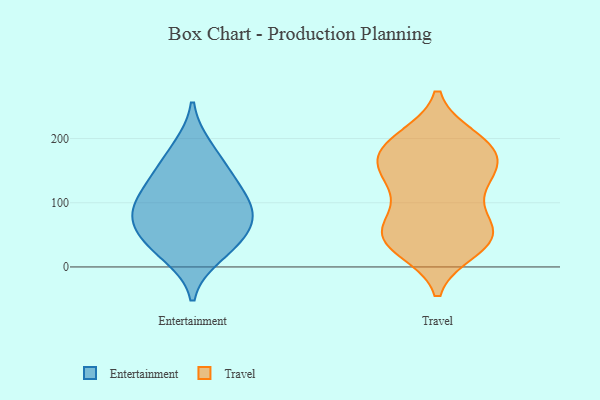
{"axis": {"x": "Budget (USD K)", "y": "Value"}, "legend": ["Entertainment", "Travel"], "data": [{"x": "", "y": 39, "type": "Entertainment"}, {"x": "", "y": 77, "type": "Entertainment"}, {"x": "", "y": 46, "type": "Entertainment"}, {"x": "", "y": 107, "type": "Entertainment"}, {"x": "", "y": 86, "type": "Entertainment"}, {"x": "", "y": 186, "type": "Entertainment"}, {"x": "", "y": 148, "type": "Entertainment"}, {"x": "", "y": 84, "type": "Entertainment"}, {"x": "", "y": 135, "type": "Entertainment"}, {"x": "", "y": 18, "type": "Entertainment"}, {"x": "", "y": 197, "type": "Travel"}, {"x": "", "y": 144, "type": "Travel"}, {"x": "", "y": 28, "type": "Travel"}, {"x": "", "y": 50, "type": "Travel"}, {"x": "", "y": 63, "type": "Travel"}, {"x": "", "y": 174, "type": "Travel"}, {"x": "", "y": 45, "type": "Travel"}, {"x": "", "y": 136, "type": "Travel"}, {"x": "", "y": 45, "type": "Travel"}, {"x": "", "y": 200, "type": "Travel"}, {"x": "", "y": 145, "type": "Travel"}, {"x": "", "y": 29, "type": "Travel"}, {"x": "", "y": 56, "type": "Travel"}, {"x": "", "y": 55, "type": "Travel"}, {"x": "", "y": 195, "type": "Travel"}, {"x": "", "y": 99, "type": "Travel"}, {"x": "", "y": 165, "type": "Travel"}, {"x": "", "y": 182, "type": "Travel"}, {"x": "", "y": 169, "type": "Travel"}, {"x": "", "y": 118, "type": "Travel"}]}